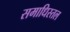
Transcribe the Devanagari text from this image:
समाधिस्तल